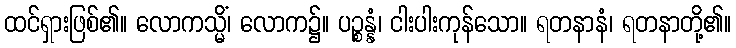
ထင်ရှားဖြစ်၏။ လောကသ္မိံ၊ လောက၌။ ပဉ္စန္နံ၊ ငါးပါးကုန်သော။ ရတနာနံ၊ ရတနာတို့၏။